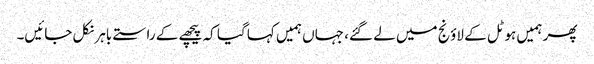
پھر ہمیں ہوٹل کے لاؤنج میں لے گئے، جہاں ہمیں کہا گیا کہ پیچھے کے راستے باہر نکل جائیں۔